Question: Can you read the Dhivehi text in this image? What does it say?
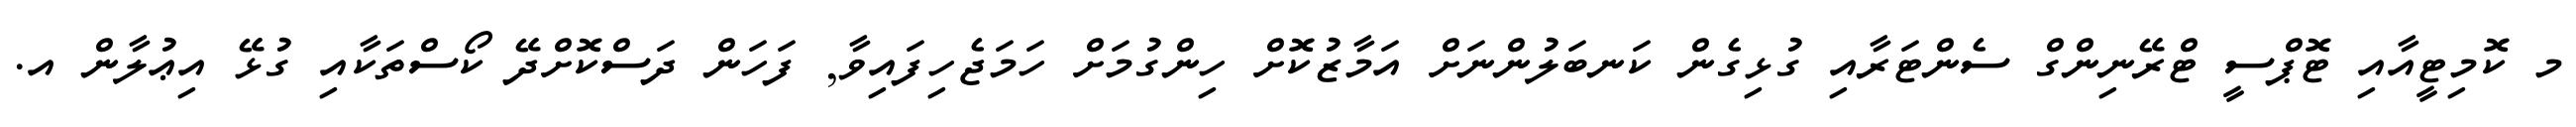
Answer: މ ކޮމިޓީއާއި ޓޮޕްސީ ޓްރޭނިންގް ސެންޓަރާއި ގުޅިގެން ކަނބަލުންނަށް އަމާޒުކޮށް ހިންގުމަށް ހަމަޖެހިފައިވާ, ފަހަން ދަސްކޮށްދޭ ކޯސްތަކާއި ގުޅޭ އިޢުލާން އ.